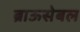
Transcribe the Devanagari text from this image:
ब्राऊसेबल